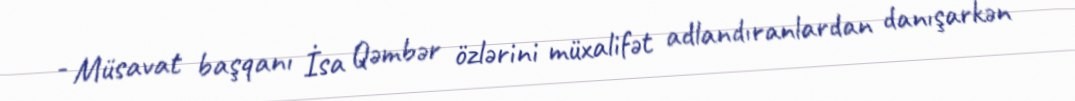
- Müsavat başqanı İsa Qəmbər özlərini müxalifət adlandıranlardan danışarkən